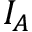
I _ { A }